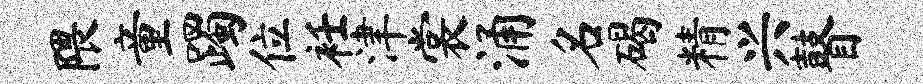
隈童躅位衽津裳涌名碣精兴瞽